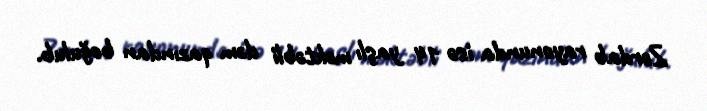
Zərdab rayonunda isə 14 yaşlı məktəbli dəm qazından boğulub.